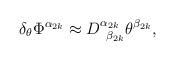
LaTeX: \begin{align*}\delta _\theta \Phi ^{\alpha _{2k}}\approx D_{\;\;\beta_{2k}}^{\alpha _{2k}}\theta ^{\beta _{2k}},\end{align*}